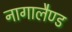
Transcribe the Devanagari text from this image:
नागालैण्‍ड